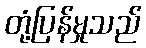
တုံ့ပြန်မှုသည်